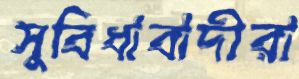
সুবিধাবাদীরা